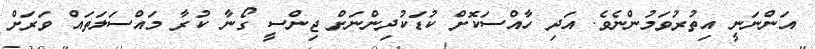
އަންނަނީ އިތުރުވަމުންނެވެ. އަދި ހާއްސަކޮށް ކުޑަކުދިންނަށް ޖިންސީ ގޯނާ ކުރާ މައްސަލަތައް ވަރަށް